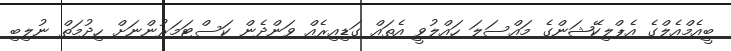
ބީއެމްއެލްގެ އެޕްލިކޭޝަންގެ މައްސަލަ ހައްލުވީ އެތައް ގަޑިއިރެއް ވަންދެން ކަސްޓަމަރުންނަށް ހިދުމަތް ނުލިިބި